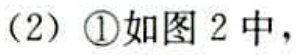
（2）\textcircled{1}如图 2 中，